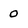
Character: 0